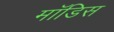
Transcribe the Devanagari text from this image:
मॉडिस